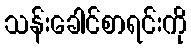
သန်းခေါင်စာရင်းကို